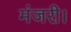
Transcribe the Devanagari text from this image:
मंजरी।